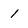
Character: 1